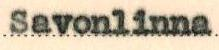
Savonlinna